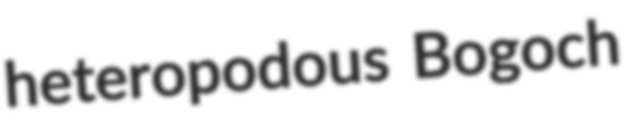
heteropodous Bogoch